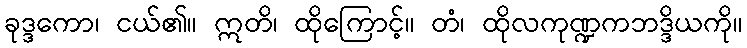
ခုဒ္ဒကော၊ ငယ်၏။ ဣတိ၊ ထိုကြောင့်။ တံ၊ ထိုလကုဏ္ဍကဘဒ္ဒိယကို။